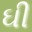
ઘી